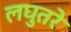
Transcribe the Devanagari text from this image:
लघुतरे